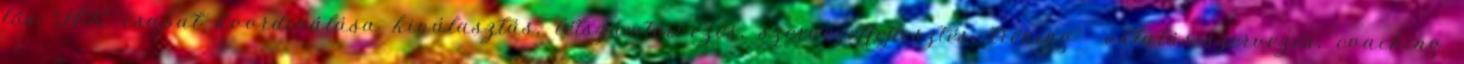
fős HR csapat koordinálása kiválasztás, létszámtervezés, szervezetfejlesztés, tréning oktatás-szervezés, coaching